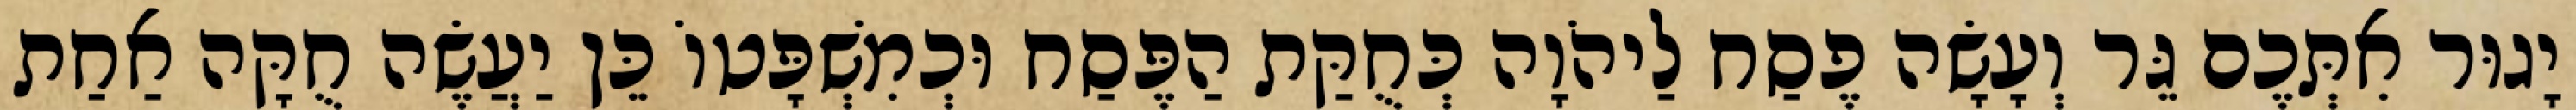
יָגוּר אִתְּכֶם גֵּר וְעָשָׂה פֶסַח לַיהֹוָה כְּחֻקַּת הַפֶּסַח וּכְמִשְׁפָּטוֹ כֵּן יַעֲשֶׂה חֻקָּה אַחַת